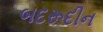
બદરૂદીન